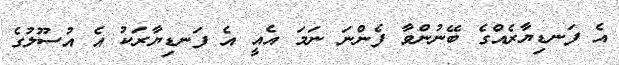
އެ ފަނޑިޔާރެއްގެ ބޭނުންވާ ފެންނަ ނަމަ އެއީ އެ ފަނޑިޔާރަކު އެ އުސޫލުގެ